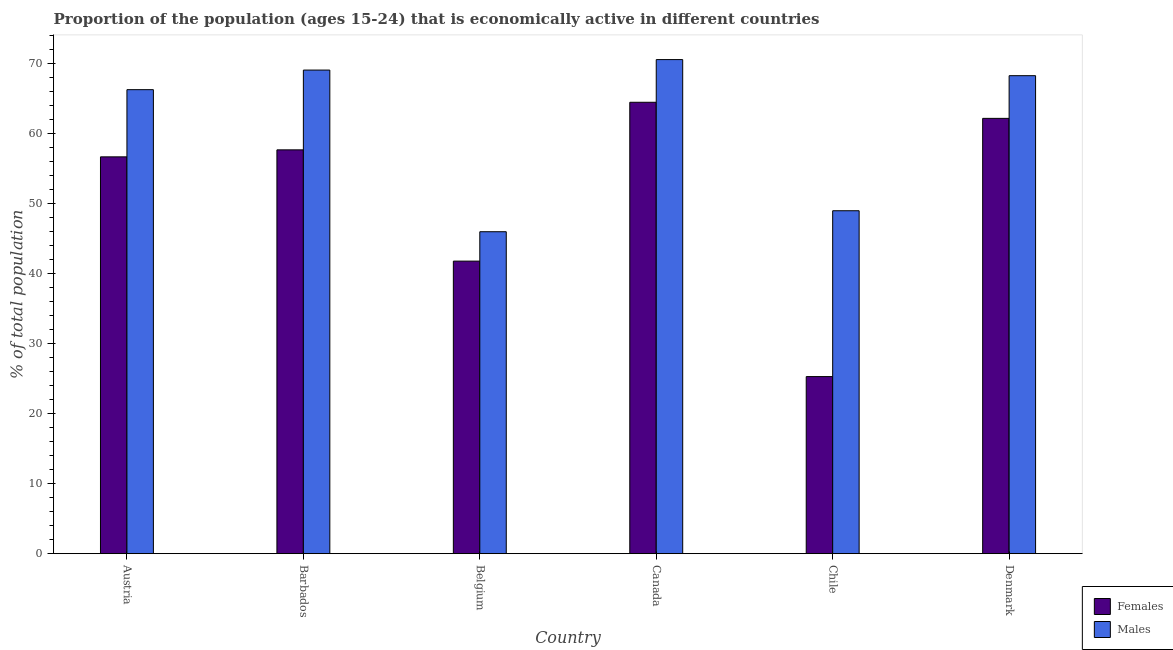
| Country | Females | Males |
 | --- | --- | --- |
 | Austria | 56.7 | 66.3 |
 | Barbados | 57.7 | 69.1 |
 | Belgium | 41.8 | 46 |
 | Canada | 64.5 | 70.6 |
 | Chile | 25.3 | 49 |
 | Denmark | 62.2 | 68.3 |